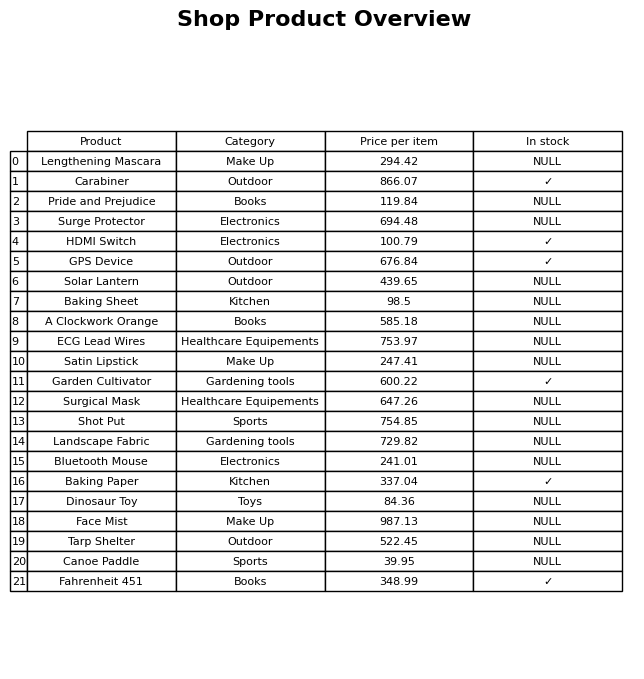
question: What is the price for Lengthening Mascara?
answer: The price of Lengthening Mascara is 294.42.